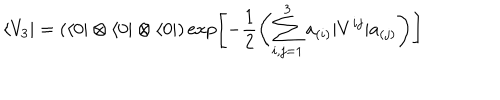
\langle V _ { 3 } | = ( \langle 0 | \otimes \langle 0 | \otimes \langle 0 | ) \exp \left[ - \frac { 1 } { 2 } \left( \sum _ { i , j = 1 } ^ { 3 } a _ { ( i ) } | V ^ { i j } | a _ { ( j ) } \right) \right]